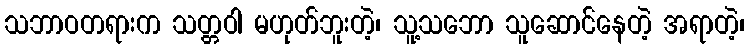
သဘာဝတရားက သတ္တဝါ မဟုတ်ဘူးတဲ့၊ သူ့သဘော သူဆောင်နေတဲ့ အရာတဲ့၊